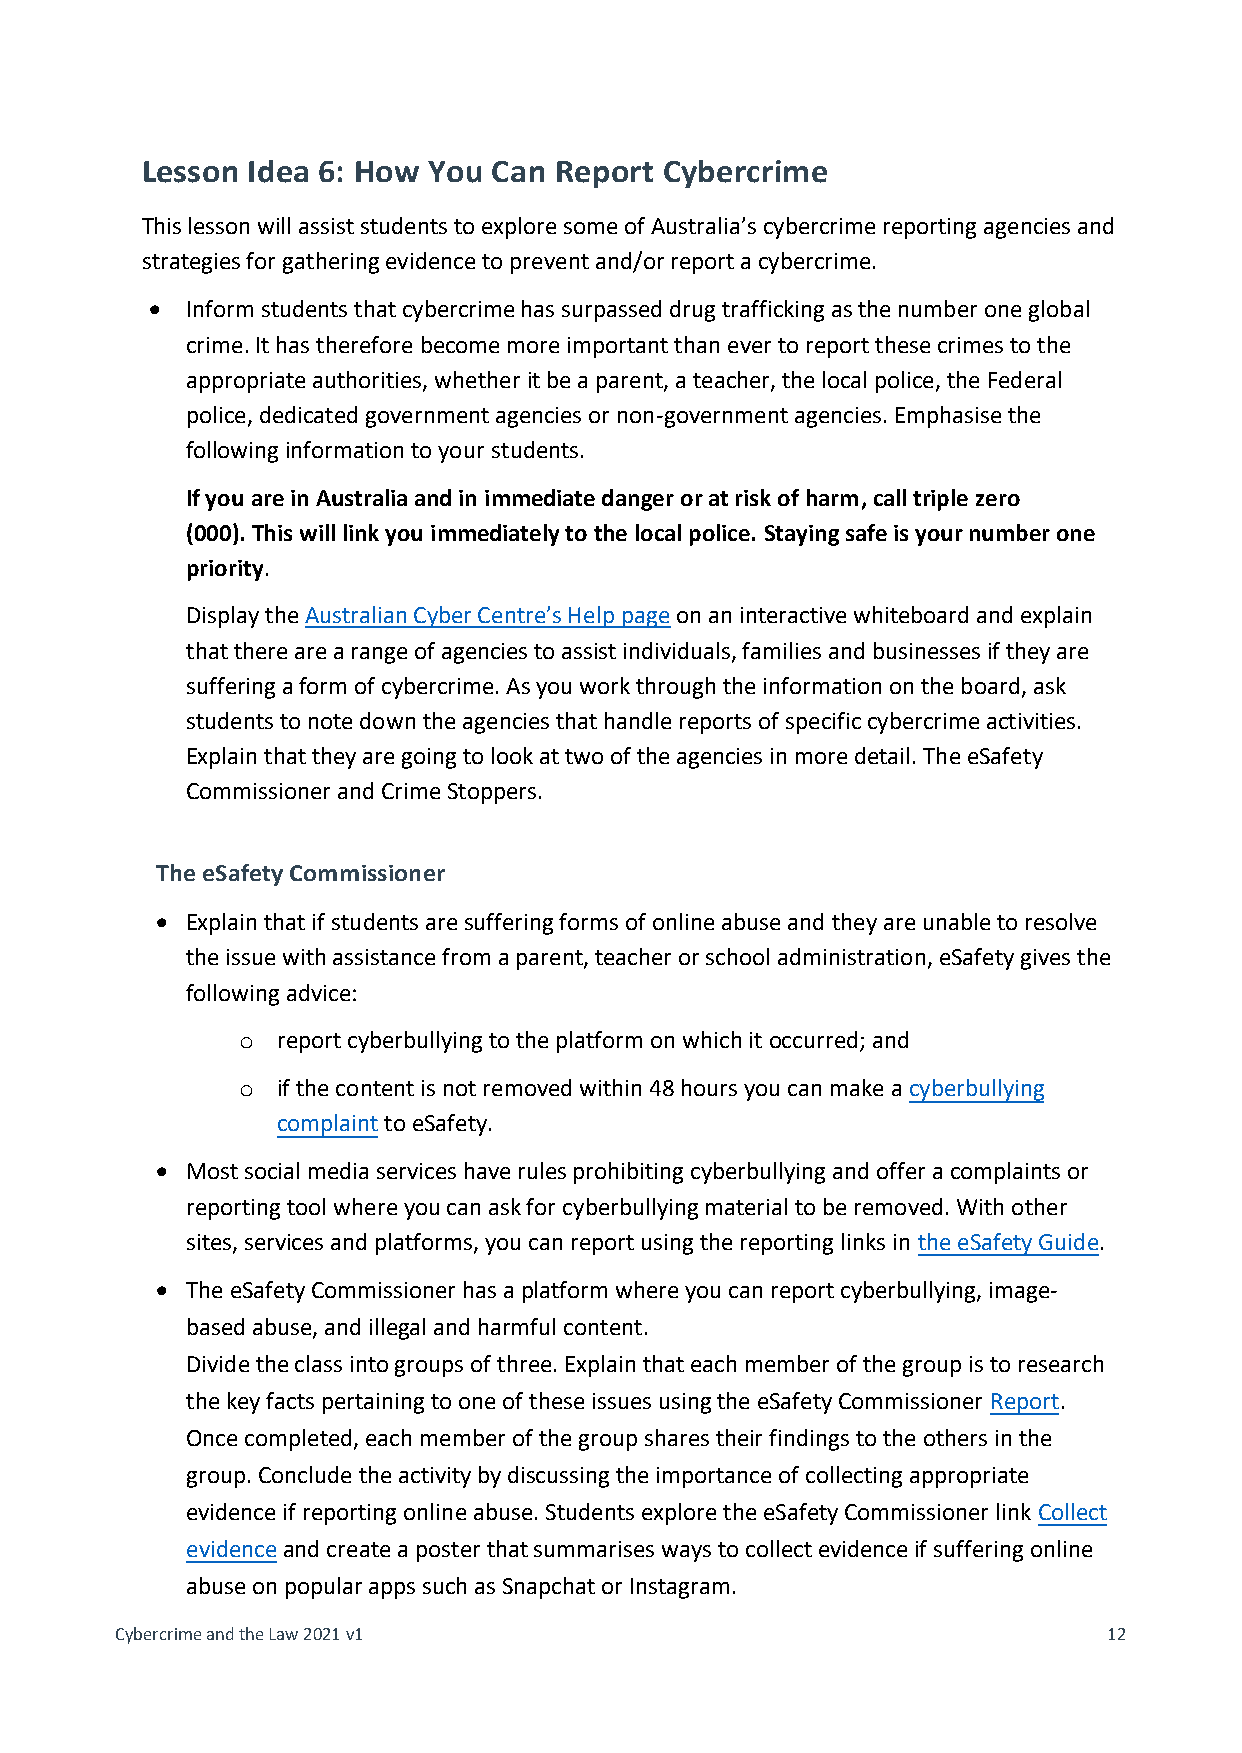
Lesson Idea 6: How You  Can Report Cybercrime
 This lesson will assist students to explore some of Australia’s cybercrime reporting agencies and
 strategies for gathering evidence to prevent and/or report a cybercrime.
 • Inform students that cybercrime has surpassed drug trafficking as the number one global
 crime. It has therefore become more important than ever to report these crimes to the
 appropriate authorities, whether it be a parent, a teacher, the local police, the Federal
 police, dedicated government agencies or non-government agencies. Emphasise the
 following information to your students.
 If you are in Australia and in immediate danger or at risk of harm, call triple zero
 (000). This will link you immediately to the local police. Staying safe is your number one
 priority.
 Display the Australian Cyber Centre’s Help page on an interactive whiteboard and explain
 that there are a range of agencies to assist individuals, families and businesses if they are
 suffering a form of cybercrime. As you work through the information on the board, ask
 students to note down the agencies that handle reports of specific cybercrime activities.
 Explain that they are going to look at two of the agencies in more detail. The eSafety
 Commissioner and Crime Stoppers.
 The eSafety Commissioner
 • Explain that if students are suffering forms of online abuse and they are unable to resolve
 the issue with assistance from a parent, teacher or school administration, eSafety gives the
 following advice:
 o report cyberbullying to the platform on which it occurred; and
 o if the content is not removed within 48 hours you can make a cyberbullying
 complaint to eSafety.
 • Most social media services have rules prohibiting cyberbullying and offer a complaints or
 reporting tool where you can ask for cyberbullying material to be removed. With other
 sites, services and platforms, you can report using the reporting links in the eSafety Guide.
 • The eSafety Commissioner has a platform where you can report cyberbullying, image-
 based abuse, and illegal and harmful content.
 Divide the class into groups of three. Explain that each member of the group is to research
 the key facts pertaining to one of these issues using the eSafety Commissioner Report.
 Once completed, each member of the group shares their findings to the others in the
 group. Conclude the activity by discussing the importance of collecting appropriate
 evidence if reporting online abuse. Students explore the eSafety Commissioner link Collect
 evidence and create a poster that summarises ways to collect evidence if suffering online
 abuse on popular apps such as Snapchat or Instagram.
 Cybercrime and the Law 2021 v1                                   12